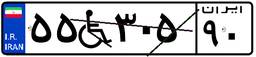
۵۵W۳۰۵۹۰